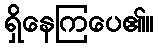
ရှိနေကြပေ၏။